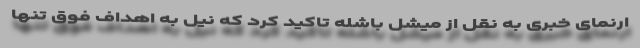
ارنمای خبری به نقل از میشل باشله تاکید کرد که نیل به اهداف فوق تنها